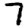
Digit: 7